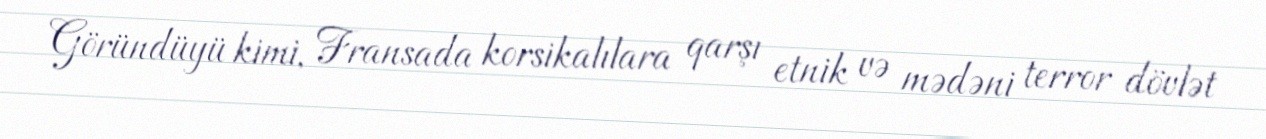
Göründüyü kimi, Fransada korsikalılara qarşı etnik və mədəni terror dövlət